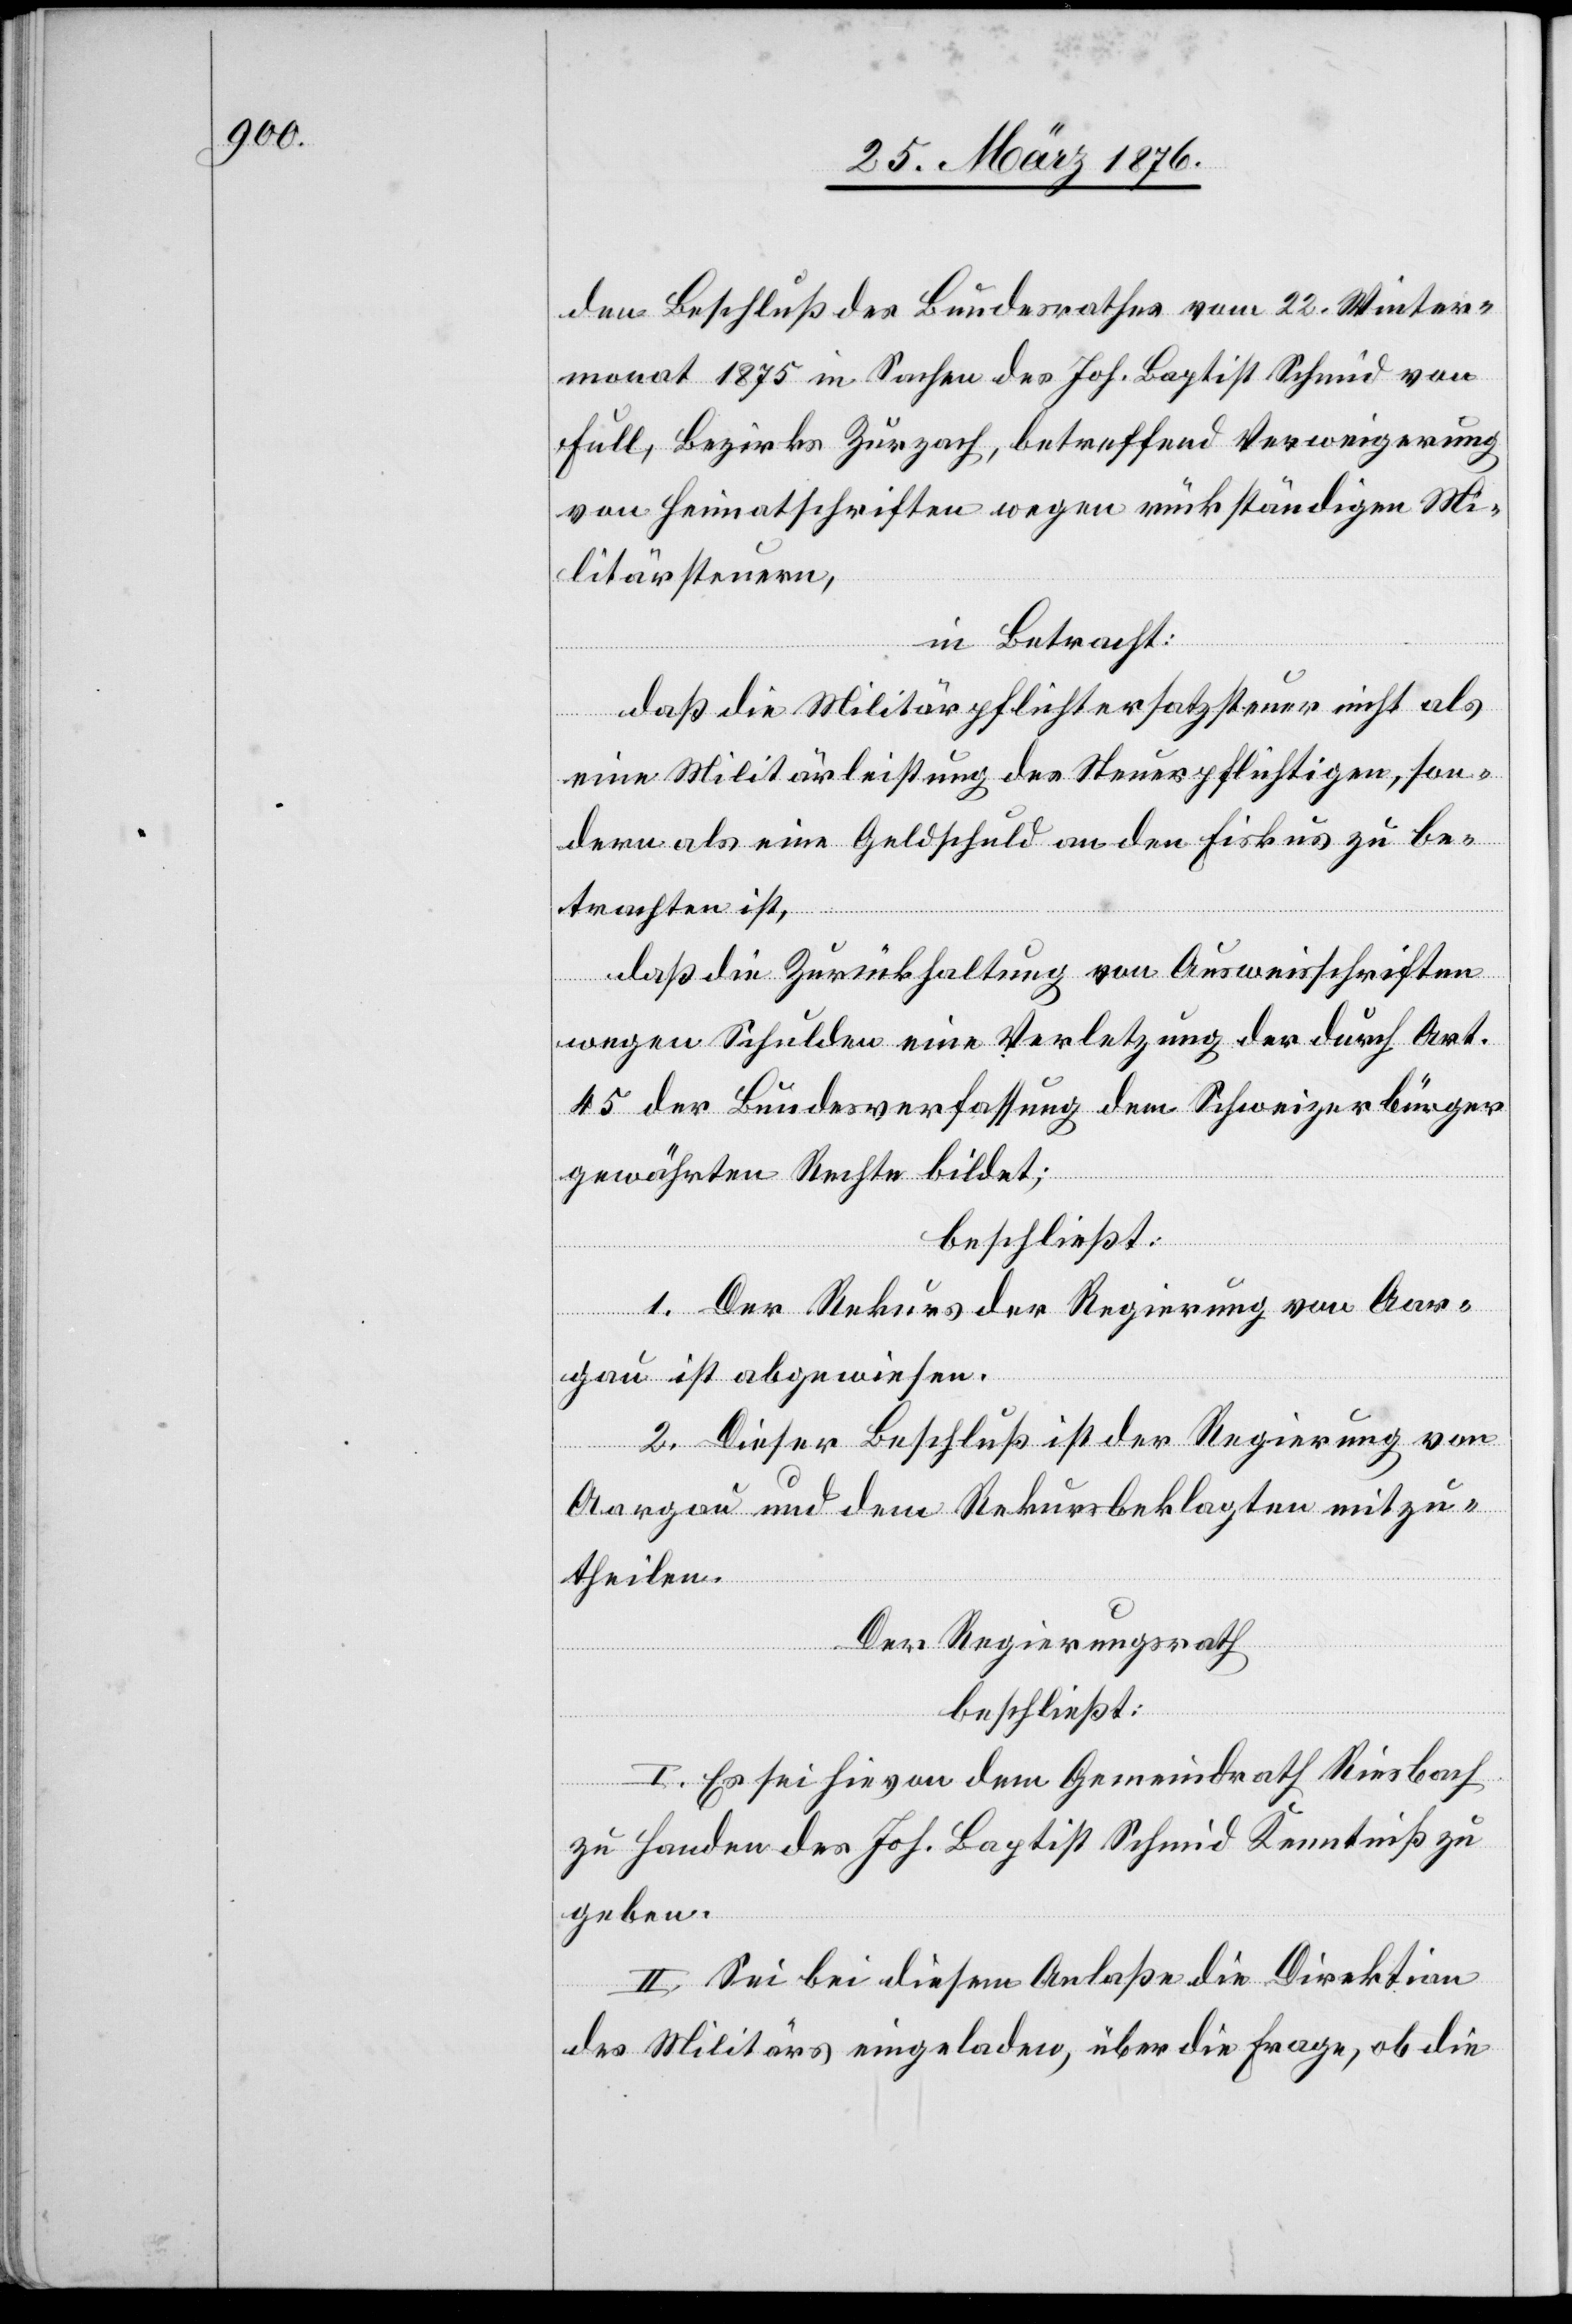
den Beschluß des Bundesrathes vom 22. Winter¬
monat 1875 in Sachen des Joh. Baptist Schmid von
Full, Bezirks Zurzach, betreffend Verweigerung
von Heimatschriften wegen rückständigen Mi¬
litärsteuern,
in Betracht:
daß die Militärpflichtersatzsteuer nicht als
eine Militärleistung des Steuerpflichtigen, son¬
dern als eine Geldschuld an den Fiskus zu be¬
trachten ist,
daß die Zurückhaltung von Ausweisschriften
wegen Schulden eine Verletzung der durch Art.
45 der Bundesverfassung dem Schweizerbürger
gewahrten Rechte bildet;
beschließt:
I. Es sei hievon dem Gemeindrath Riesbach
zu Handen des Joh. Baptist Schmid Kenntniß zu
geben.
II. Sei bei diesem Anlaße die Direktion
des Militärs eingeladen, über die Frage, ob die